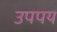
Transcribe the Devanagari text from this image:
उपपय